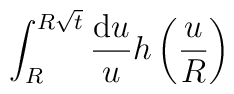
\int_R^{R\sqrt{t}}\frac{\mathrm{d}u}{u}h\left(\frac{u}{R}\right)